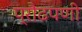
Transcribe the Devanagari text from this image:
प्रौढपणी